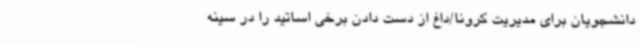
دانشجویان برای مدیریت کرونا/داغ از دست دادن برخی اساتید را در سینه